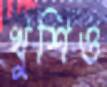
খুশিও